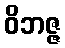
ဝိဘဇ္ဇ